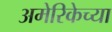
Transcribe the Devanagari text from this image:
अमेरिकेच्या